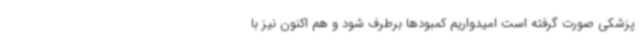
پزشکی صورت گرفته است امیدواریم کمبودها برطرف شود و هم اکنون نیز با